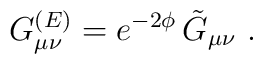
G_{\mu \nu}^{(E)} = e^{-2\phi}\, \tilde{G}_{\mu \nu} \ .